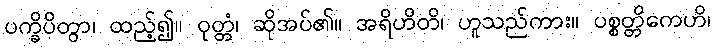
ပက္ခိပိတွာ၊ ထည့်၍။ ဝုတ္တံ၊ ဆိုအပ်၏။ အရိဟိတိ၊ ဟူသည်ကား။ ပစ္စတ္တိကေဟိ၊